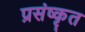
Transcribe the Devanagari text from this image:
प्रसंष्कृत